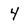
Character: 4